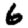
Digit: 6